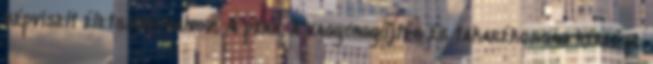
képviselt életszínvonalhoz. A pénz, a vagyongyűjtés és takarékosság kérdése